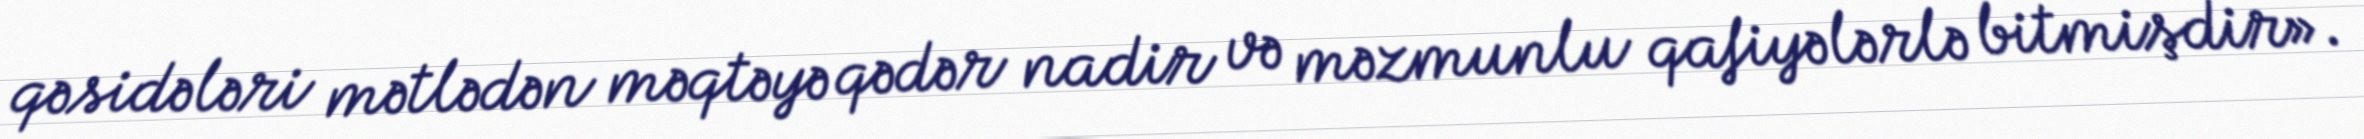
qəsidələri mətlədən məqtəyə qədər nadir və məzmunlu qafiyələrlə bitmişdir».